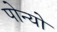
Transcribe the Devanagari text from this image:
पोन्यो